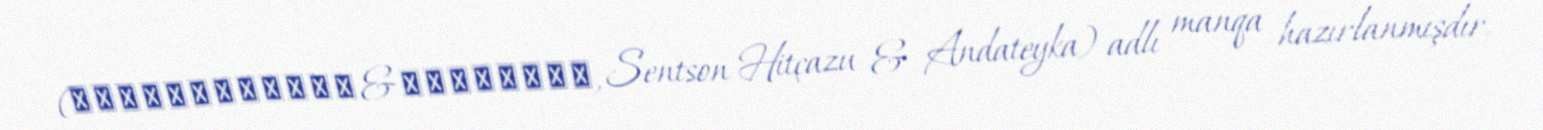
(センツォン・ヒッチャーズ&アンダーテイカー, Sentson Hitçazu & Andateyka) adlı manqa hazırlanmışdır.